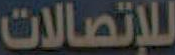
للإتصالات